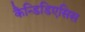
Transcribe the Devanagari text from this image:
कैन्डिडिएसिस